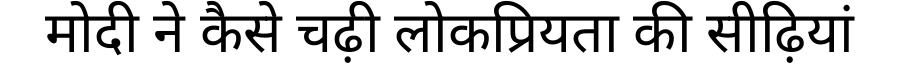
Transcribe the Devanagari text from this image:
मोदी ने कैसे चढ़ी लोकप्रियता की सीढ़ियां